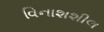
વિનાશશીલ